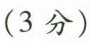
(3分)